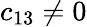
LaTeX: c_{13}\neq 0